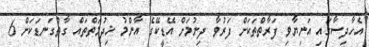
އެހާދިސާގައި އަނިޔާވި ފަރާތްތަކަށް ފަރުވާ ދިނުމަށް އޭޑީކޭގެ އާންމު ޚިދުމަތްތައް ގާތްގަނޑަކަށް 6